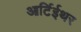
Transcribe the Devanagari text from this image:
आर्टिईथर